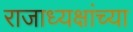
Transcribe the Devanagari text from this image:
राजाध्यक्षांच्या